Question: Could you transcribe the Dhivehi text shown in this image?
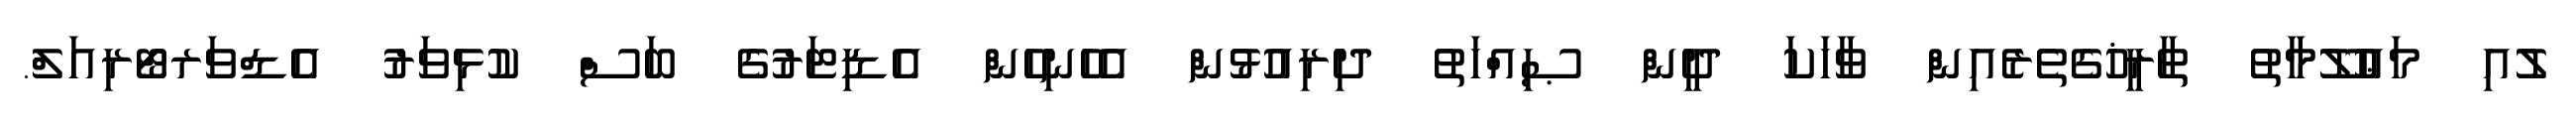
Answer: ލުއި މަޢުލޫމާތު ތާރީޚުގެތެރެއިން ވާހަކަ ދީން ޞިއްހަތު ދިރިއުޅުން އެހެނިހެން އެޑިޓަރުގެ ބަސް ކުޅިވަރު އެޑްވަރޓޯރިއަލް.